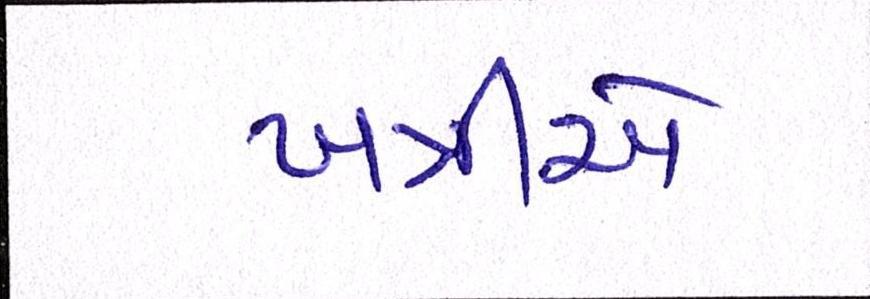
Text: ખત્રીએ